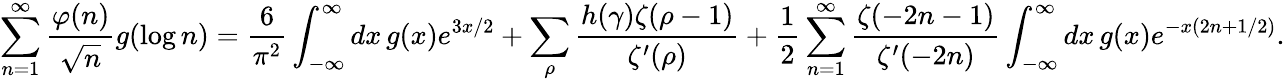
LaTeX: \sum_{n=1}^{\infty}{\frac{\varphi(n)}{\sqrt{n}}}g(\log n)={\frac{6}{\pi^{2}}}\int_{-\infty}^{\infty}dx\, g(x)e^{3x/2}+\sum_{\rho}{\frac{h(\gamma)\zeta(\rho-1)}{\zeta^{\prime}(\rho)}}+{\frac{1}{2}}\sum_{n=1}^{\infty}{\frac{\zeta(-2n-1)}{\zeta^{\prime}(-2n)}}\int_{-\infty}^{\infty}dx\, g(x)e^{-x(2n+1/2)}.